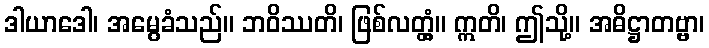
ဒါယာဒေါ၊ အမွေခံသည်။ ဘဝိဿတိ၊ ဖြစ်လတ္တံ့။ ဣတိ၊ ဤသို့။ အဓိဋ္ဌာတဗ္ဗာ၊